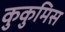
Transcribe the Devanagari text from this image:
कुकुमिस